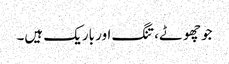
جو چھوٹے، تنگ اور باریک ہیں۔